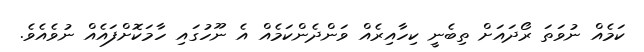
ކަމެއް ނުވަތަ ރޯދައަށް ތިބެނީ ކިހާއިރެއް ވަންދެންކަމެއް އެ ނޫހުގައި ހާމަކޮށްފައެއް ނުވެއެވެ.